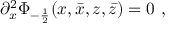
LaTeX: \partial _ { x } ^ { 2 } \Phi _ { - \frac { 1 } { 2 } } ( x , \bar { x } , z , \bar { z } ) = 0 ~ ,